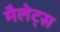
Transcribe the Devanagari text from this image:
मैलेट्स